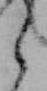
ら